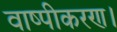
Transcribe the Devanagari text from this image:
वाष्पीकरण।